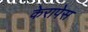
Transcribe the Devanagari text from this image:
केरापेस